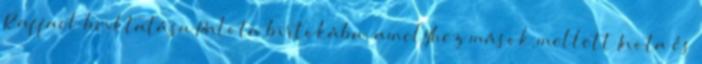
Raffael beiktatása Palota birtokába, amelyhez mások mellett Inota és